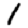
Digit: 1